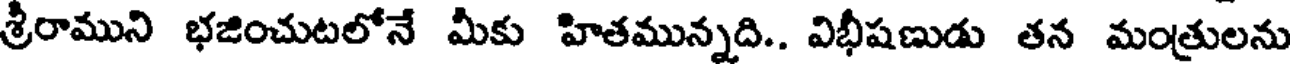
శ్రీరాముని భజించుటలోనే మీకు హితమున్నది.. విభీషణుడు తన మంత్రులను